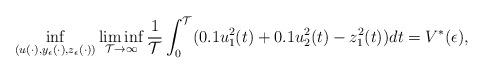
LaTeX: \begin{align*}\inf _{(u(\cdot),y_{\epsilon}(\cdot),z_{\epsilon}(\cdot)) }\liminf_{\mathcal{T}\rightarrow\infty}\frac{1}{\mathcal{T}}\int_0 ^ {\mathcal{T}}(0.1u_1^2(t)+ 0.1u_2^2(t) -z_1^2(t))dt = V^*(\epsilon),\end{align*}